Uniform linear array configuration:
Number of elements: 4
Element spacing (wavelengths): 0.75
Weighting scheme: binomial
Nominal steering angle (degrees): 15
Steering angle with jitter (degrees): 13.502
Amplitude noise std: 0.05
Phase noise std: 0.05

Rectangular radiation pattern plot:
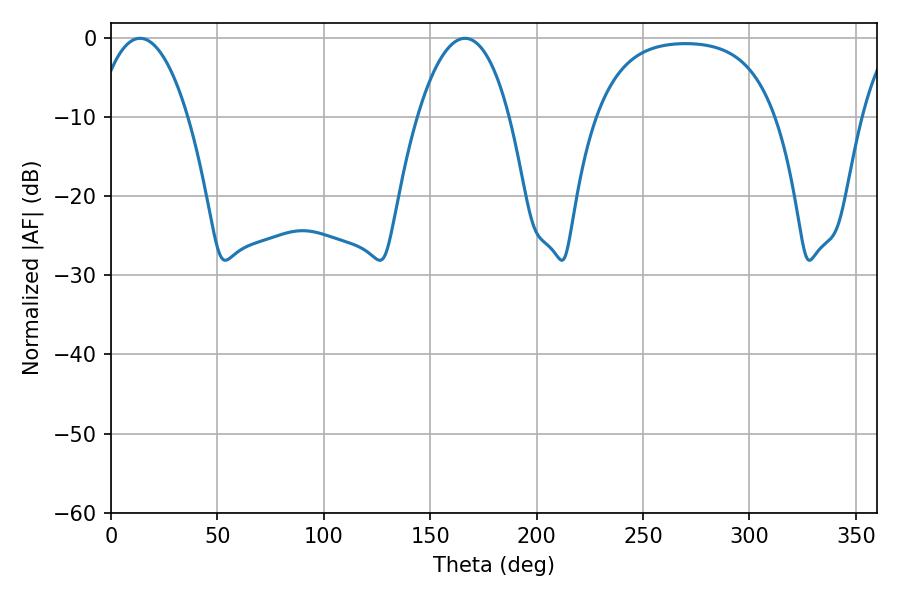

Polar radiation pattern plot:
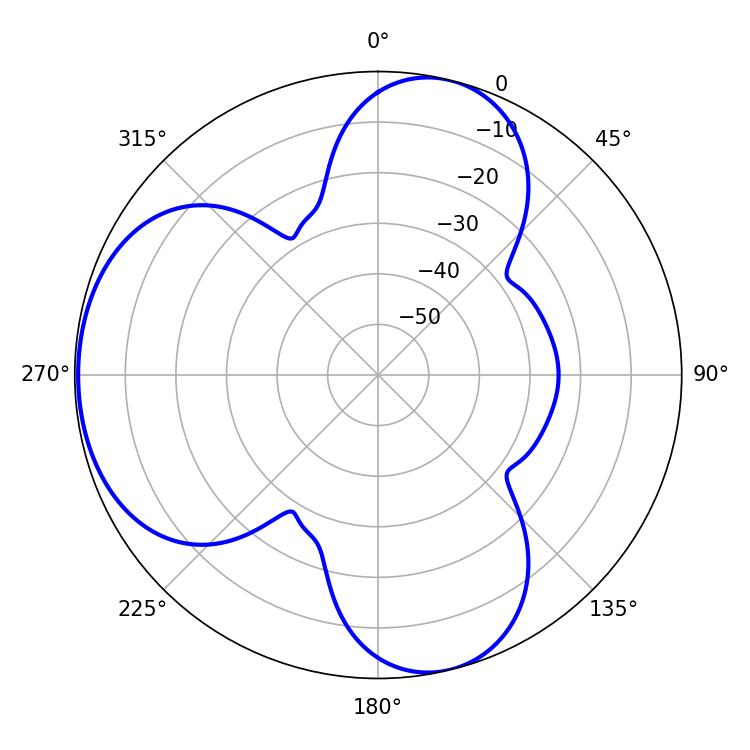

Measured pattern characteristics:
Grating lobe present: TRUE
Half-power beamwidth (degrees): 23.94
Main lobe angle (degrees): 13.68